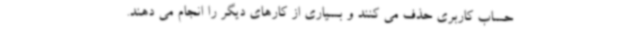
حساب کاربری حذف می کنند و بسیاری از کارهای دیگر را انجام می دهند.